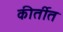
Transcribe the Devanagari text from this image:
कीर्तीत